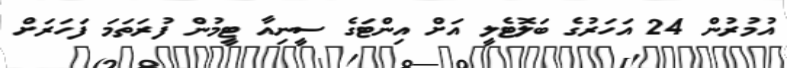
އުމުރުން 24 އަހަރުގެ ބަލޮޓެލީ އަށް އިންޓަގެ ސީނިއާ ޓީމުން ފުރަތަމަ ފަހަރަށް